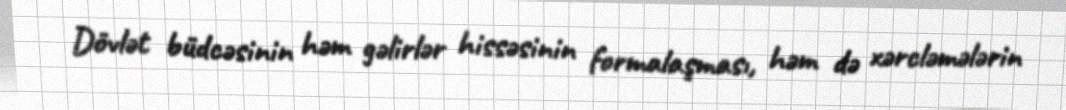
Dövlət büdcəsinin həm gəlirlər hissəsinin formalaşması, həm də xərcləmələrin